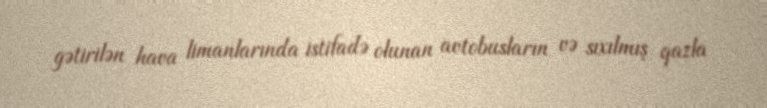
gətirilən hava limanlarında istifadə olunan avtobusların və sıxılmış qazla